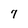
Character: 7